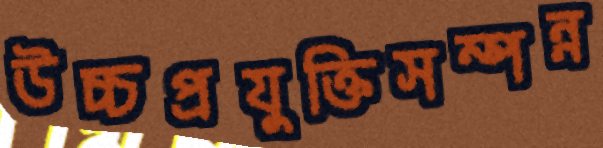
উচ্চপ্রযুক্তিসম্পন্ন